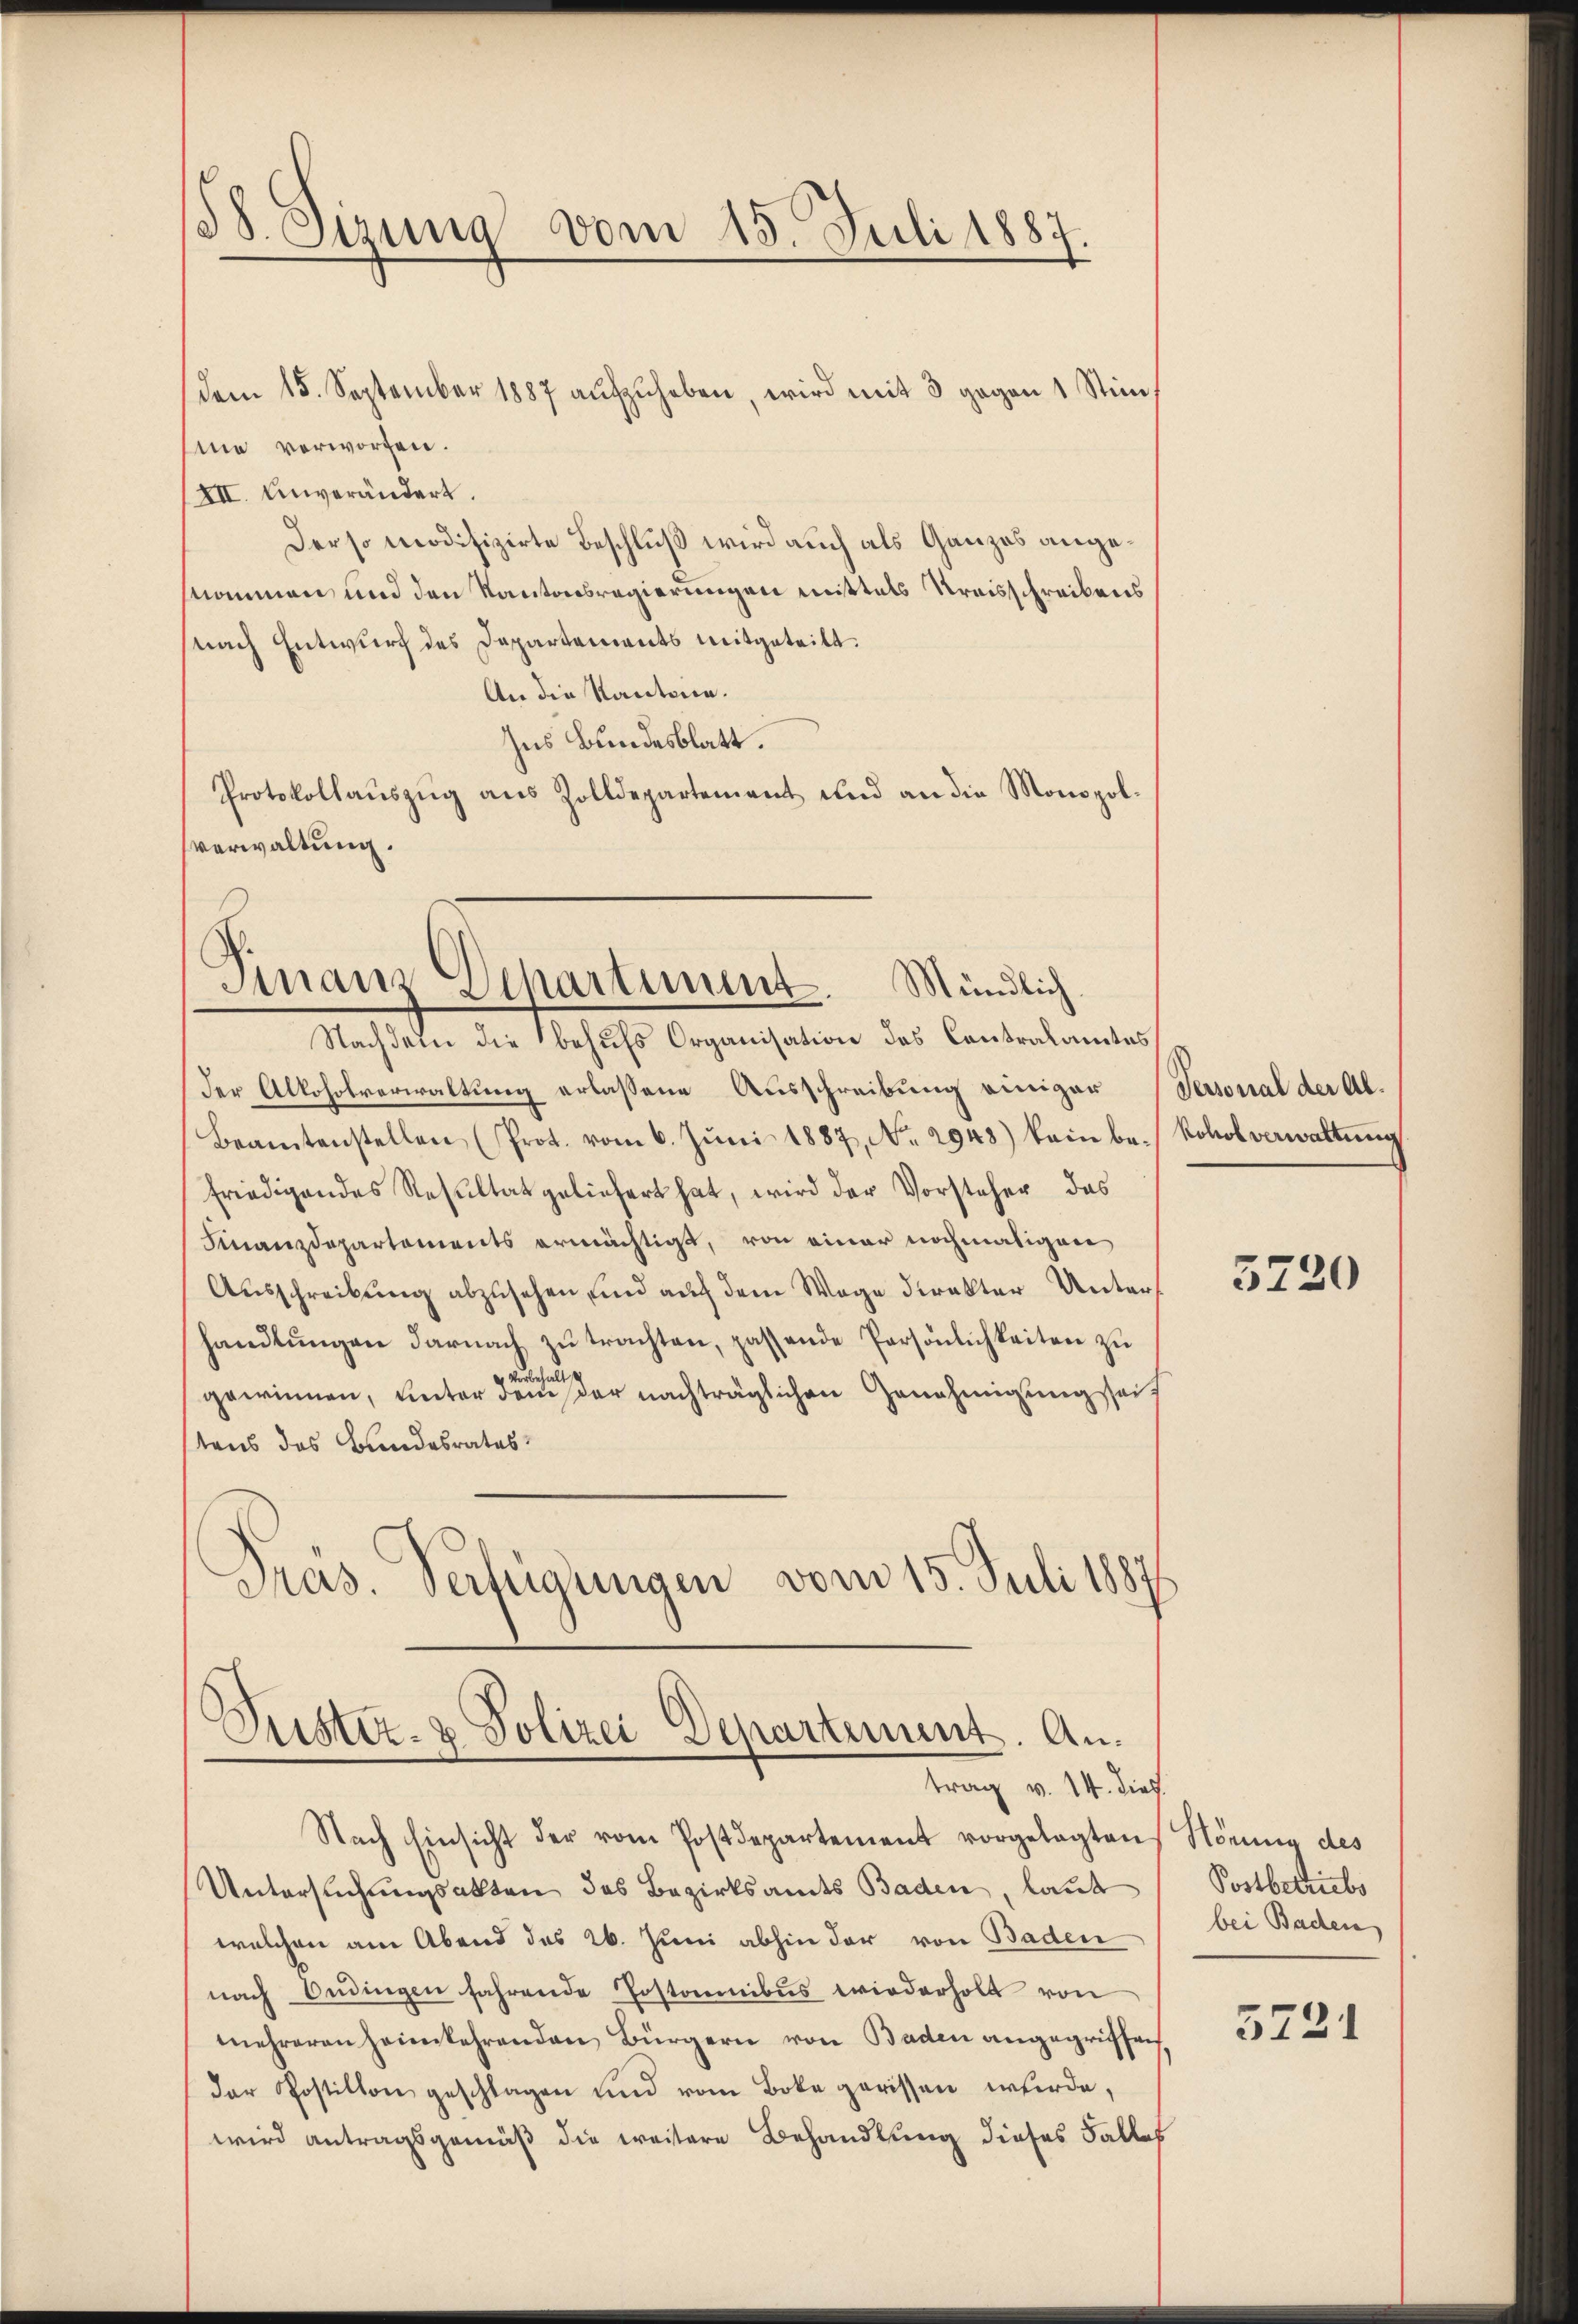
38. Sizung
vom 15. Juli 1887.

sie verworfen.
XII. Unverändert.
Der so modifizirte Beschluß wird auch als Ganzes angenommen und den Kantonsregierungen mittels Kreisschreibens
(nach Entwurf des Departements mitgeteilt.
An die Kantoren.
Ins Bundesblatt.
Protokollaŭszŭg ans Zolldepartement und an die Monopolverwaltung.

dem 15. September 1887 aŭfzŭheben, wird mit 3 gegen 1 Stim

Finanz Separtimmt. Mündlich

Nachdem die behufs Organisation des Contralamtes
der Alloholverwaltung erlassene Ausschreibung einiger Personal der Al¬
Beamtenstellen (Prot. vom 6. Jŭni 1887, No. 2943) kein be- Kobolverwaltŭng
friedigendes Resultat geliefert hat, wird der Vorsteher das
Finanzdepartements ermächtigt, von einer nochmaligen
Ausschreibung abzusehen, und auf dem Wege direkter Unterhandlŭngen darnach zŭ trachten, passende Persönlichkeiten zu
s
gewinnen, unter dem der nachträglichen Genehmigungsseit
tens des Bundesrates
Präs. Verfügungen vom 15. Juli 1887

Puster- & Polizei Departement. Antrag v. 14. dies

Nach Einsicht der vom Postdepartement vorgelegten Könne des
Untersuchungsakten des Bezirksandes Baden, laut
welchen am Abend des 26. Juni abhin der von Baden
nach Bedingen fahrende Postannibus wiederholt von
mehreren heimkehrenden Bürgern von Baden angegriffen.
der Postition geschlagen und vom Bote gerissen werde,
wird antragsgemäß die weitere Behandlung dieses Falles

3720

Postbetriebs
bei Baden

5731